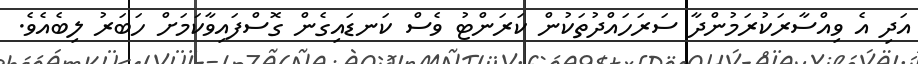
އަދި އެ ވިއްސާރަކުރަމުންދާ ސަރަހައްދުތަކުން ކަރަންޓު ވެސް ކަނޑައިގެން ގޮސްފައިވާކަަމަށް ހަބަރު ލިބެއެވެ.